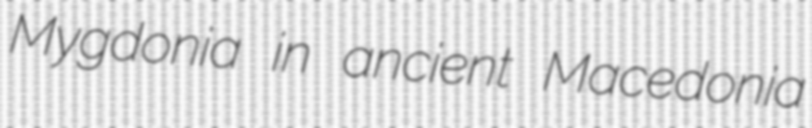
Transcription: Mygdonia in ancient Macedonia